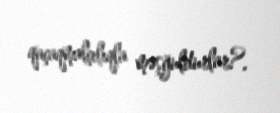
qaçaqmalçılıqla məşğuldurlar?.